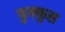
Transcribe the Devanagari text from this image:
फुफ्‍फुस